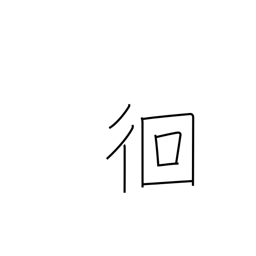
Meaning: wandering